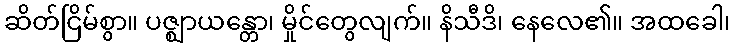
ဆိတ်ငြိမ်စွာ။ ပဇ္ဈာယန္တော၊ မှိုင်တွေလျက်။ နိသီဒိ၊ နေလေ၏။ အထခေါ၊